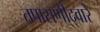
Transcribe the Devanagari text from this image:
तपासणीद्वारे